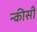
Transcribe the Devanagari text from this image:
न्कीसी